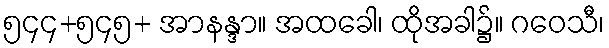
၅၄၄+၅၄၅+ အာနန္ဒာ။ အထခေါ၊ ထိုအခါ၌။ ဂဝေသီ၊